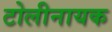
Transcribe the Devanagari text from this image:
टोलीनायक